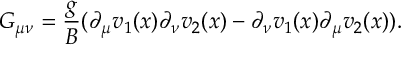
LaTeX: G _ { \mu \nu } = \frac { g } { B } ( \partial _ { \mu } v _ { 1 } ( x ) \partial _ { \nu } v _ { 2 } ( x ) - \partial _ { \nu } v _ { 1 } ( x ) \partial _ { \mu } v _ { 2 } ( x ) ) .